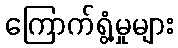
ကြောက်ရွံ့မှုများ